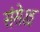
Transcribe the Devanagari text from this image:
संसेक्ष